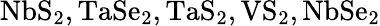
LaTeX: \mathrm{NbS_{2},TaSe_{2},TaS_{2},VS_{2},NbSe_{2}}